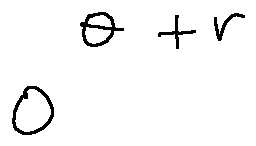
o ^ { \theta + r }